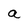
Character: a